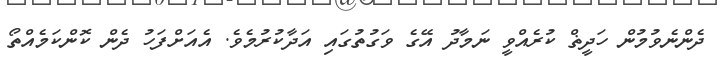
ދެންނެވުމުން ހަދީޡް ކުރެއްވީ ނަމާދު އޭގެ ވަގުތުގައި އަދާކުރުމެވެ. އެއަށްފަހު ދެން ކޮންކަމެއްތޯ